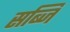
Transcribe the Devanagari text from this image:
सब्जि